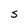
Character: S